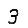
Digit: 3